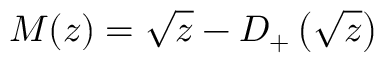
M ( z ) = \sqrt { { z } } - D _ { + } \left( { \sqrt { z } } \right)